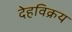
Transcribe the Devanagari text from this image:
देहविक्रय